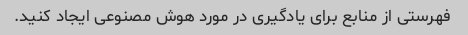
فهرستی از منابع برای یادگیری در مورد هوش مصنوعی ایجاد کنید.